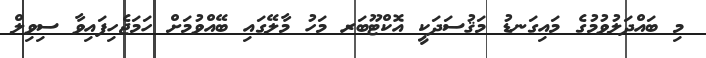
މި ބައްދަލުވުމުގެ މައިގަނޑު މަޤުސަދަކީ އޮކްޓޫބަރ މަހު މާލޭގައި ބޭއްވުމަށް ހަމަޖެހިފައިވާ ސިވިލް